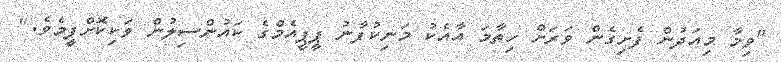
"ވިމާ މިއަދުން ފެށިގެން ވަރަށް ހިތާމަ އާއެކު މަނިކުފާނު ޕީޕީއެމްގެ ކައުންސިލުން ވަކިކޮށްފީމެވެ."